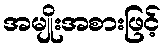
အမျိုးအစားဖြင့်